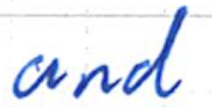
Text: and
Cross-out: clean
Writing tool: ballpoint